Civil Veterinary Department. Madras. Admin. report 1926-33 - 1926-1933
Year: 1926
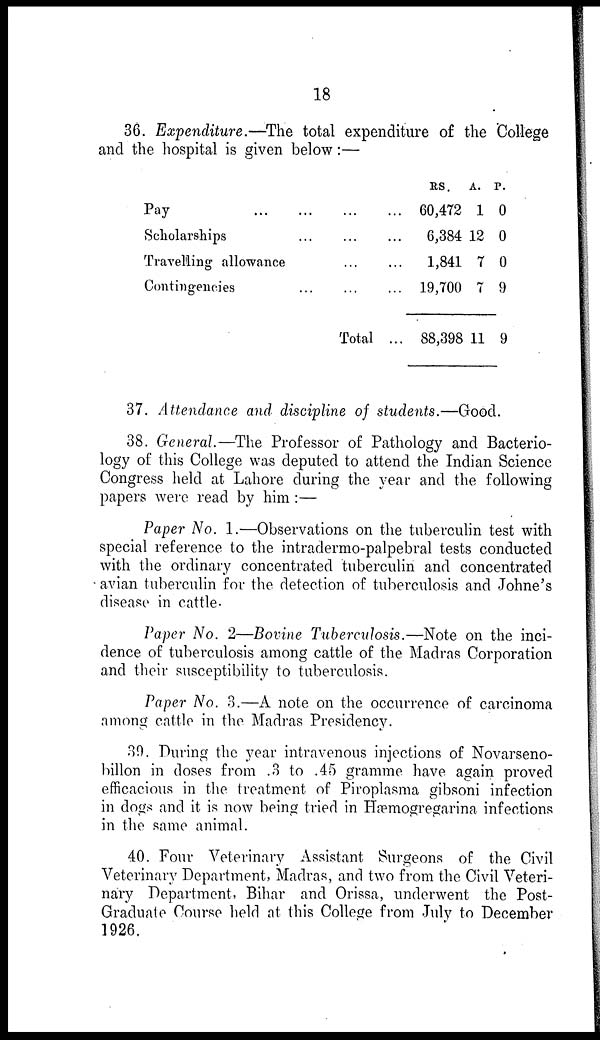
18
36. Expenditure.—The total expenditure of the College
and the hospital is given below:—
Pay
...
...
... ...
Scholarships
...
...
...
Travelling allowance
...
...
Contingencies
...
...
...
Total ...
RS.
60,472
6,384
1,841
19,700
88,398
A.
1
12
7
7
11
P.
0
0
0
9
9
37. Attendance and discipline of students.—Good.
38. General.—The Professor of Pathology and Bacterio-
logy of this College was deputed to attend the Indian Science
Congress held at Lahore during the year and the following
papers were read by him :—
Paper No. 1.—Observations on the tuberculin test with
special reference to the intradermo-palpebral tests conducted
with the ordinary concentrated tuberculin and concentrated
avian tuberculin for the detection of tuberculosis and Johne's
disease in cattle.
Paper No. 2—Bovine Tuberculosis.—Note on the inci-
dence of tuberculosis among cattle of the Madras Corporation
and their susceptibility to tuberculosis.
Paper No. 3.—A note on the occurrence of carcinoma
among cattle in the Madras Presidency.
30. During the year intravenous injections of Novarseno-
billon in doses from .3 to .45 gramme have again proved
efficacious in the treatment of Piroplasma gibsoni infection
in dogs and it is now being tried in Hæmogregarina infections
in the same animal.
40. Four Veterinary Assistant Surgeons of the Civil
Veterinary Department, Madras, and two from the Civil Veteri-
nary Department, Bihar and Orissa, underwent the Post-
Graduate Course held at this College from July to December
1926.